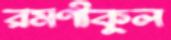
রমণীকুল